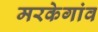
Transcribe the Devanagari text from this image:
मरकेगांव